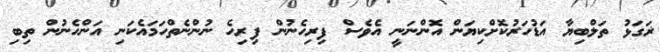
ޜަގަޅު ތަލްބިޔާ އަޑުހަރުކޮށްކިޔަން އޮންނަނީ އެވެސް ފިރިހެނުން ފިރިހެ ނުންނެތްހަމައެކަނި އަންހެނުން ތިބި